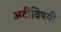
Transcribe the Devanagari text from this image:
अटींविषयी